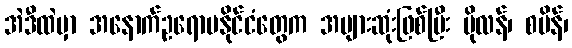
အဲဒီထဲမှာ အနောက်ဥရောပနိုင်ငံတွေက အများဆုံးဖြစ်ပြီး ပိုလန်၊ စပိန်၊